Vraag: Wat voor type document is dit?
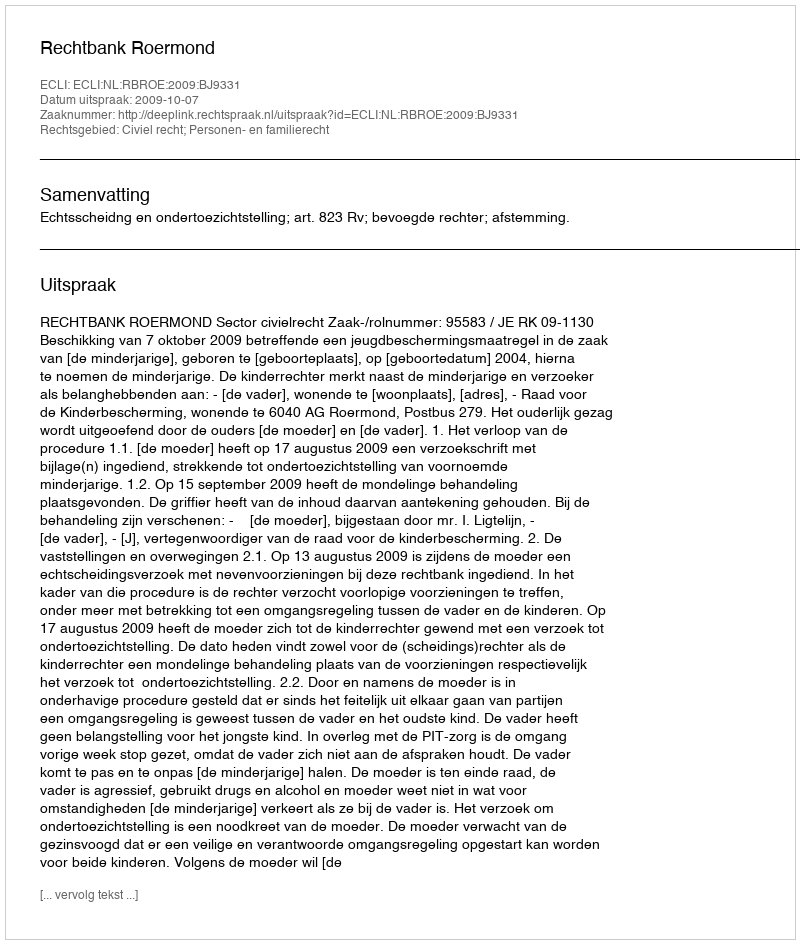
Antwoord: Uitspraak